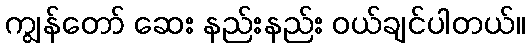
ကျွန်တော် ဆေး နည်းနည်း ဝယ်ချင်ပါတယ်။